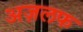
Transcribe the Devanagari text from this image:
अज़लफ